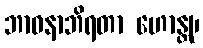
ဘာဝနာဘိရတာ ဟောန္တု၊